Vaccination in Bombay 1913-1923 - 1913-1923
Year: 1913
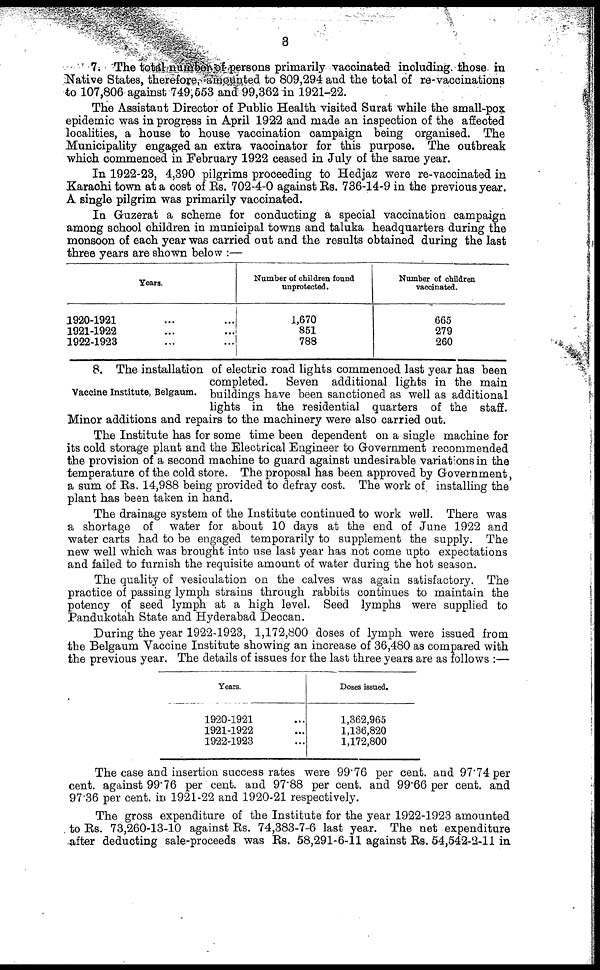
3
7. The total number of persons primarily vaccinated including those in
Native States, therefore, amounted to 809,294 and the total of re-vaccinations
to 107,806 against 749,553 and 99,362 in 1921-22.
The Assistant Director of Public Health visited Surat while the small-pox
epidemic was in progress in April 1922 and made an inspection of the affected
localities, a house to house vaccination campaign being organised. The
Municipality engaged an extra vaccinator for this purpose. The outbreak
which commenced in February 1922 ceased in July of the same year.
In 1922-23, 4,390 pilgrims proceeding to Hedjaz were re-vaccinated in
Karachi town at a cost of Rs. 702-4-0 against Rs. 736-14-9 in the previous year.
A single pilgrim was primarily vaccinated.
In Guzerat a scheme for conducting a special vaccination campaign
among school children in municipal towns and taluka headquarters during the
monsoon of each year was carried out and the results obtained during the last
three years are shown below :—
Years.
1920-1921 ... ...
1921-1922 ... ...
1922-1923 ... ...
Number of children found
unprotected.
1,670
851
788
Number of children
vaccinated.
665
279
260
Vaccine Institute, Belgaum.
8. The installation of electric road lights commenced last year has been
completed.
Seven additional lights in the main
buildings have been sanctioned as well as additional
lights in the residential quarters of the staff.
Minor additions and repairs to the machinery were also carried out.
The Institute has for some time been dependent on a single machine for
its cold storage plant and the Electrical Engineer to Government recommended
the provision of a second machine to guard against undesirable variations in the
temperature of the cold store. The proposal has been approved by Government,
a sum of Rs. 14,988 being provided to defray cost. The work of installing the
plant has been taken in hand.
The drainage system of the Institute continued to work well. There was
a shortage of water for about 10 days at the end of June 1922 and
water carts had to be engaged temporarily to supplement the supply. The
new well which was brought into use last year has not come upto expectations
and failed to furnish the requisite amount of water during the hot season.
The quality of vesiculation on the calves was again satisfactory. The
practice of passing lymph strains through rabbits continues to maintain the
potency of seed lymph at a high level. Seed lymphs were supplied to
Pandukotah State and Hyderabad Deccan.
During the year 1922-1923, 1,172,800 doses of lymph were issued from
the Belgaum Vaccine Institute showing an increase of 36,480 as compared with
the previous year. The details of issues for the last three years are as follows :—
Years.
1920-1921 ...
1921-1922 ...
1922-1923 ...
Doses issued.
1,362,965
1,136,820
1,172,800
The case and insertion success rates were 99.76 per cent. and 97.74 per
cent. against 99.76 per cent. and 97.88 per cent. and 99.66 per cent. and
97.36 per cent. in 1921-22 and 1920-21 respectively.
The gross expenditure of the Institute for the year 1922-1923 amounted
to Rs. 73,260-13-10 against Rs. 74,383-7-6 last year. The net expenditure
after deducting sale-proceeds was Rs. 58,291-6-11 against Rs. 54,542-2-11 in